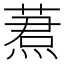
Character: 蔒